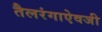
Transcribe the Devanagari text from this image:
तैलरंगाऐवजी